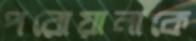
পরোয়ানাকে